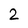
Character: 2